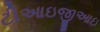
ટીઆઇજીઆઇ